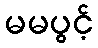
မမပွင့်